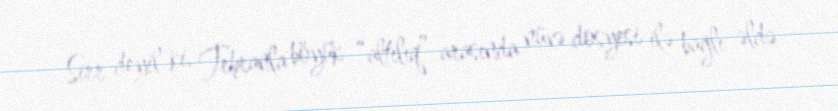
Sirr deyil ki, Tehranla böyük “altılıq” arasında nüvə dosyesi ilə bağlı əldə